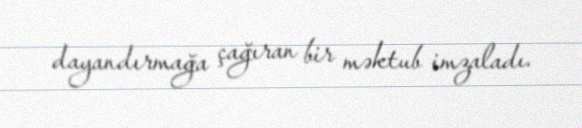
dayandırmağa çağıran bir məktub imzaladı.